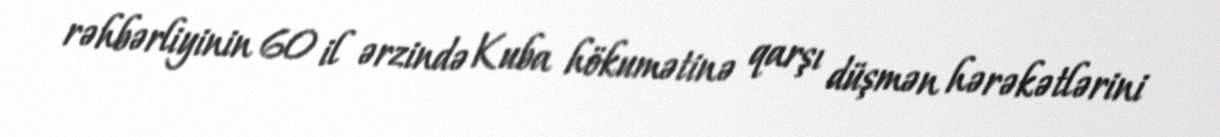
rəhbərliyinin 60 il ərzində Kuba hökumətinə qarşı düşmən hərəkətlərini